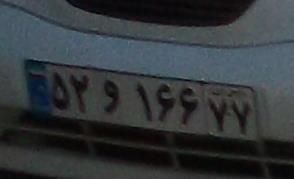
۵۲و۱۶۶۷۷